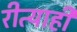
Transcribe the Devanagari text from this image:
रीत्याही